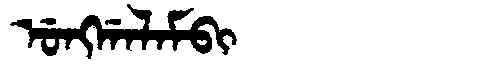
Manchu: ᡠᠩᡤᠠᠯᠠᠮᠪᡳ
Romanization: UNGGALAMBI